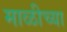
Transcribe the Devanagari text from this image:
माळीच्या